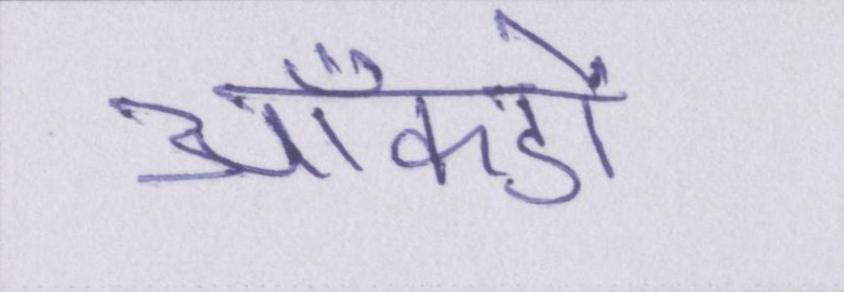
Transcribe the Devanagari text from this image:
आँकड़ों